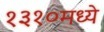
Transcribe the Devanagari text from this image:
१३१०मध्ये